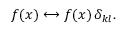
f ( x ) \longleftrightarrow f ( x ) \, \delta _ { k l } .